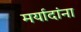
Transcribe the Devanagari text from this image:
मर्यादांना